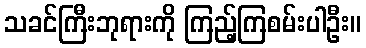
သခင်ကြီးဘုရားကို ကြည့်ကြစမ်းပါဦး။